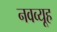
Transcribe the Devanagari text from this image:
नवव्यूह